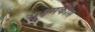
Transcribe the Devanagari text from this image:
सूक्ष्मकोण